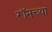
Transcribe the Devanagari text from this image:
रॉनच्या